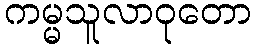
ကမ္မသူလာဝုတော